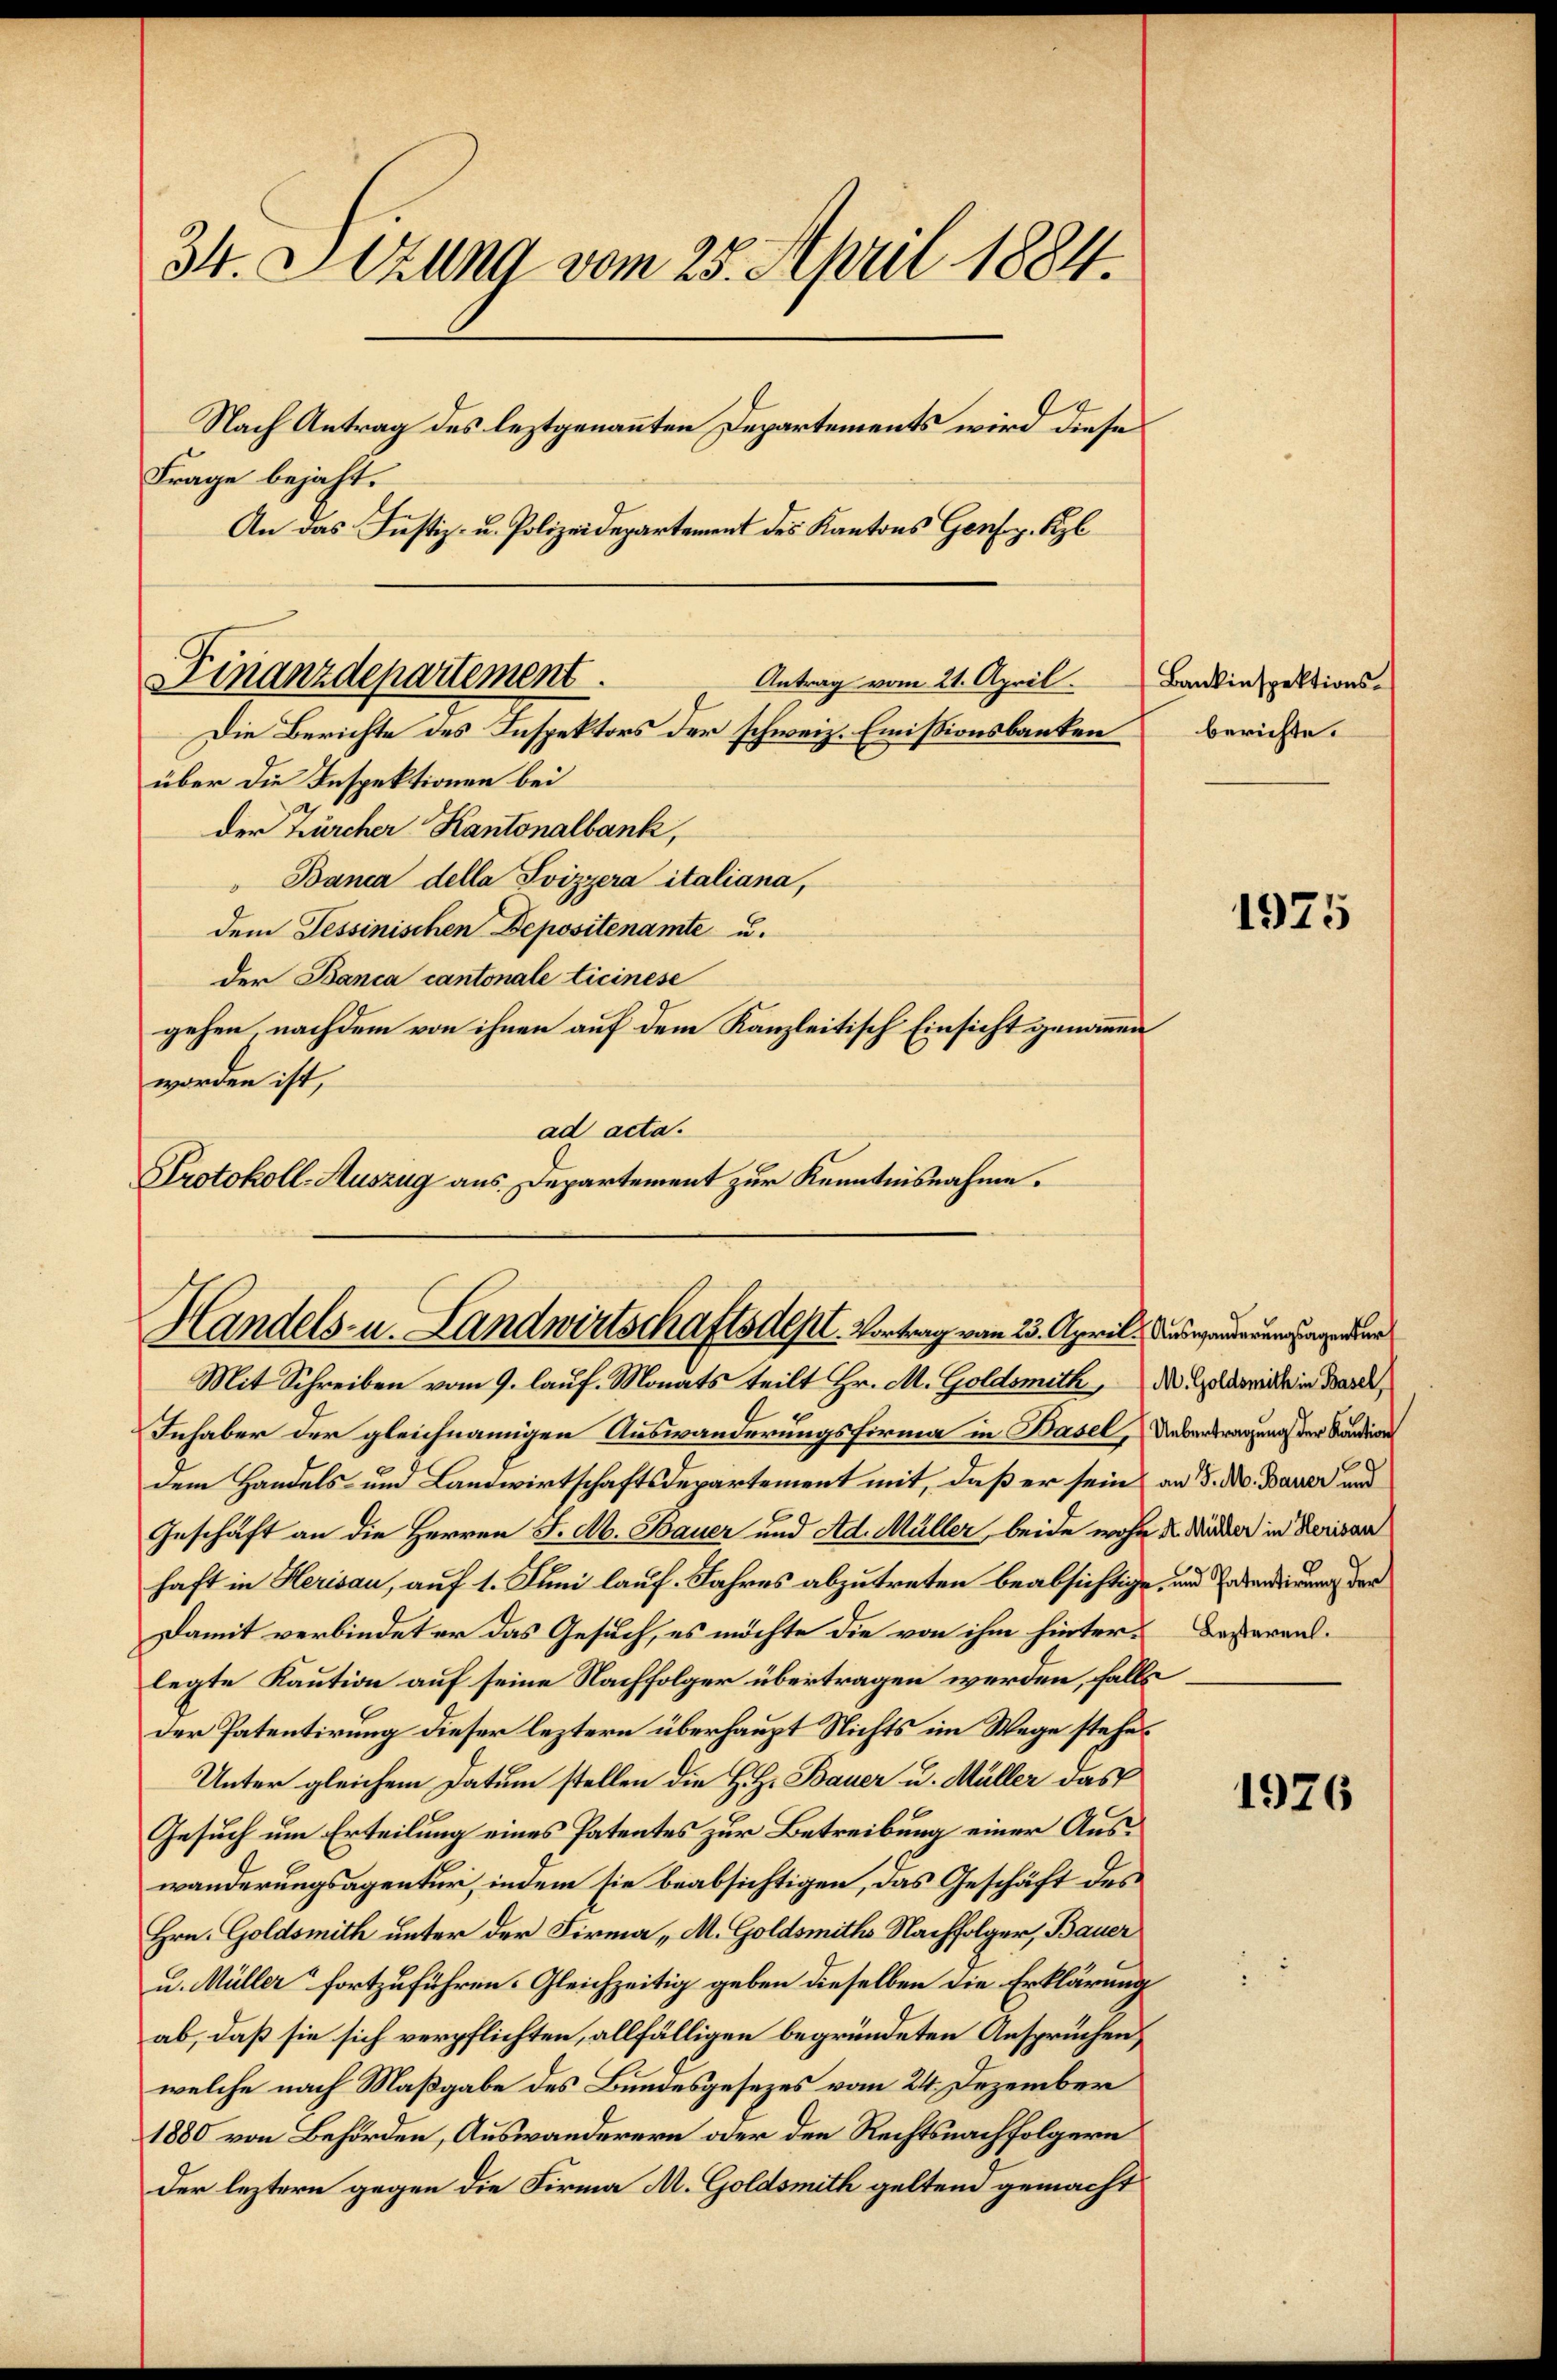
34. Sitzung vom 25. April 1884.
Nach Antrag des leztgenannten Departements wird dieses
Frage bejaht.
An das Justiz- u. Polizeidepartement des Kantons Genf z. Bl

über die Inspektionen bei
der Zürcher Kantonalbank,
Banca della Svizzera italiana,
dem Tessinischen Depositenamte u.
der Banca cantonale Ticinese
gehen nachdem von ihnen auf dem Kanzleitisch Einsicht genommen
worden ist,
ad acta.
Protokoll-Auszug aus. Departement zur Kenntnisnahme.

Finanzdepartement
Antrag vom 21. April. Bankinspektions-
Die Berichte des Inspektors der schweiz. Emissionsbanken

Handels- u. Landwirtschaftsdest. Vortrag vom 23. April. Anderenderung de
Mit Schreiben vom 9. lauf. Monats teilt Hr. M. Goldsmith, die in Barck,

Inhaber der gleichnamigen Auswanderungsfirma in Basel, Uebertragung der Standion
dem Handels- und Landwirtschaftsdepartement mit, daß er sein an d. M. Bauer und
Geschäft an die Herren J. M. Bauer und Ad. Müller, beide wohn dr. Widder in Herisaar
haft in Herisau, auf 1. Juni lauf. Jahres abzutreten beabsichtige, und Erbendierung der
Damit verbindet er das Gesuch, es möchte die von ihm hinter-Desareal
legte Kaution auf seine Nachfolger übertragen werden, falls
der Patentirung dieser leztern überhaupt Nichts im Wege stehe¬
Unter gleichem Datum stellen die H. H. Bauer u. Müller das
Gesuch um Erteilung eines Patentes zur Betreibung einer Auswanderungsagentur, indem sie beabsichtigen, das Geschäft des
Hrn. Goldsmitte unter der Firma „M. Goldsmitte Nachfolger, Bauer
u. Müller fortzuführen. Gleichzeitig geben dieselben die Erklärung
ab, daß sie sich verpflichten, allfälligen begründeten Anspruchen
welche nach Maßgabe des Bundesgesezes vom 24. Dezember
1880 von Behörden, Auswanderern oder den Rechtsnachfolgern
der leztern gegen die Firma M. Goldsmith gelten gemacht

berichte.

1975

1976